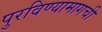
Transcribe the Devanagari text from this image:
पुरविण्यामागची